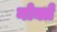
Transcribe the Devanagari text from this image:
नोक्ते